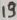
Text: 19